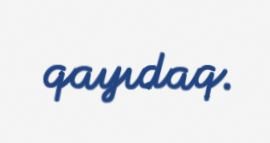
qayıdaq.